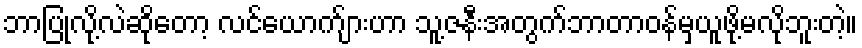
ဘာပြုလို့လဲဆိုတော့ လင်ယောက်ျားဟာ သူ့ဇနီးအတွက်ဘာတာဝန်မှယူဖို့မလိုဘူးတဲ့။